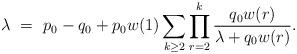
LaTeX: \begin{align*}\lambda \ = \ p_0-q_0 + p_0w(1)\sum_{k\geq 2}\prod_{r=2}^k\frac{q_0w(r)}{\lambda + q_0w(r)}.\end{align*}